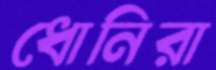
ধোনিরা